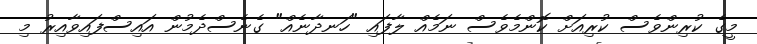
މީގެ ކުރިންވެސް ކުރިއަށް ކޮންމެވެސް ނަމެއް ލާފައި "ހަނދާނެއް" ގެނެސްދެމުން އައިސްފައިވާއިރު މި